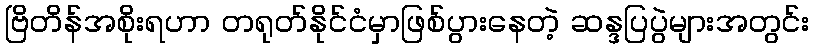
ဗြိတိန်အစိုးရဟာ တရုတ်နိုင်ငံမှာဖြစ်ပွားနေတဲ့ ဆန္ဒပြပွဲများအတွင်း